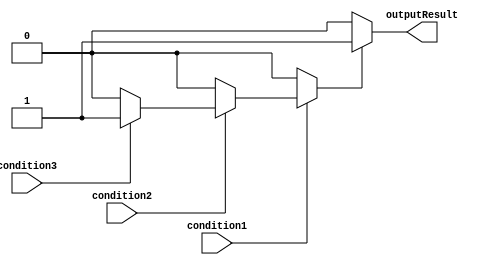
module nested_if_else (
  input wire condition1,
  input wire condition2,
  input wire condition3,
  output reg outputResult
);

reg intermediateResult;

always @* begin
  if (condition1) begin
    if (condition2) begin
      if (condition3) begin
        intermediateResult = 1;
      end else begin
        intermediateResult = 0;
      end
    end else begin
      intermediateResult = 0;
    end
  end else begin
    intermediateResult = 0;
  end

  if (intermediateResult) begin
    outputResult = 1;
  end else begin
    outputResult = 0;
  end
end

endmodule